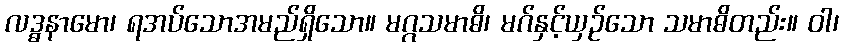
လဒ္ဓနာမော၊ ရအပ်သောအမည်ရှိသော။ မဂ္ဂသမာဓိ၊ မဂ်နှင့်ယှဉ်သော သမာဓိတည်း။ ဝါ၊